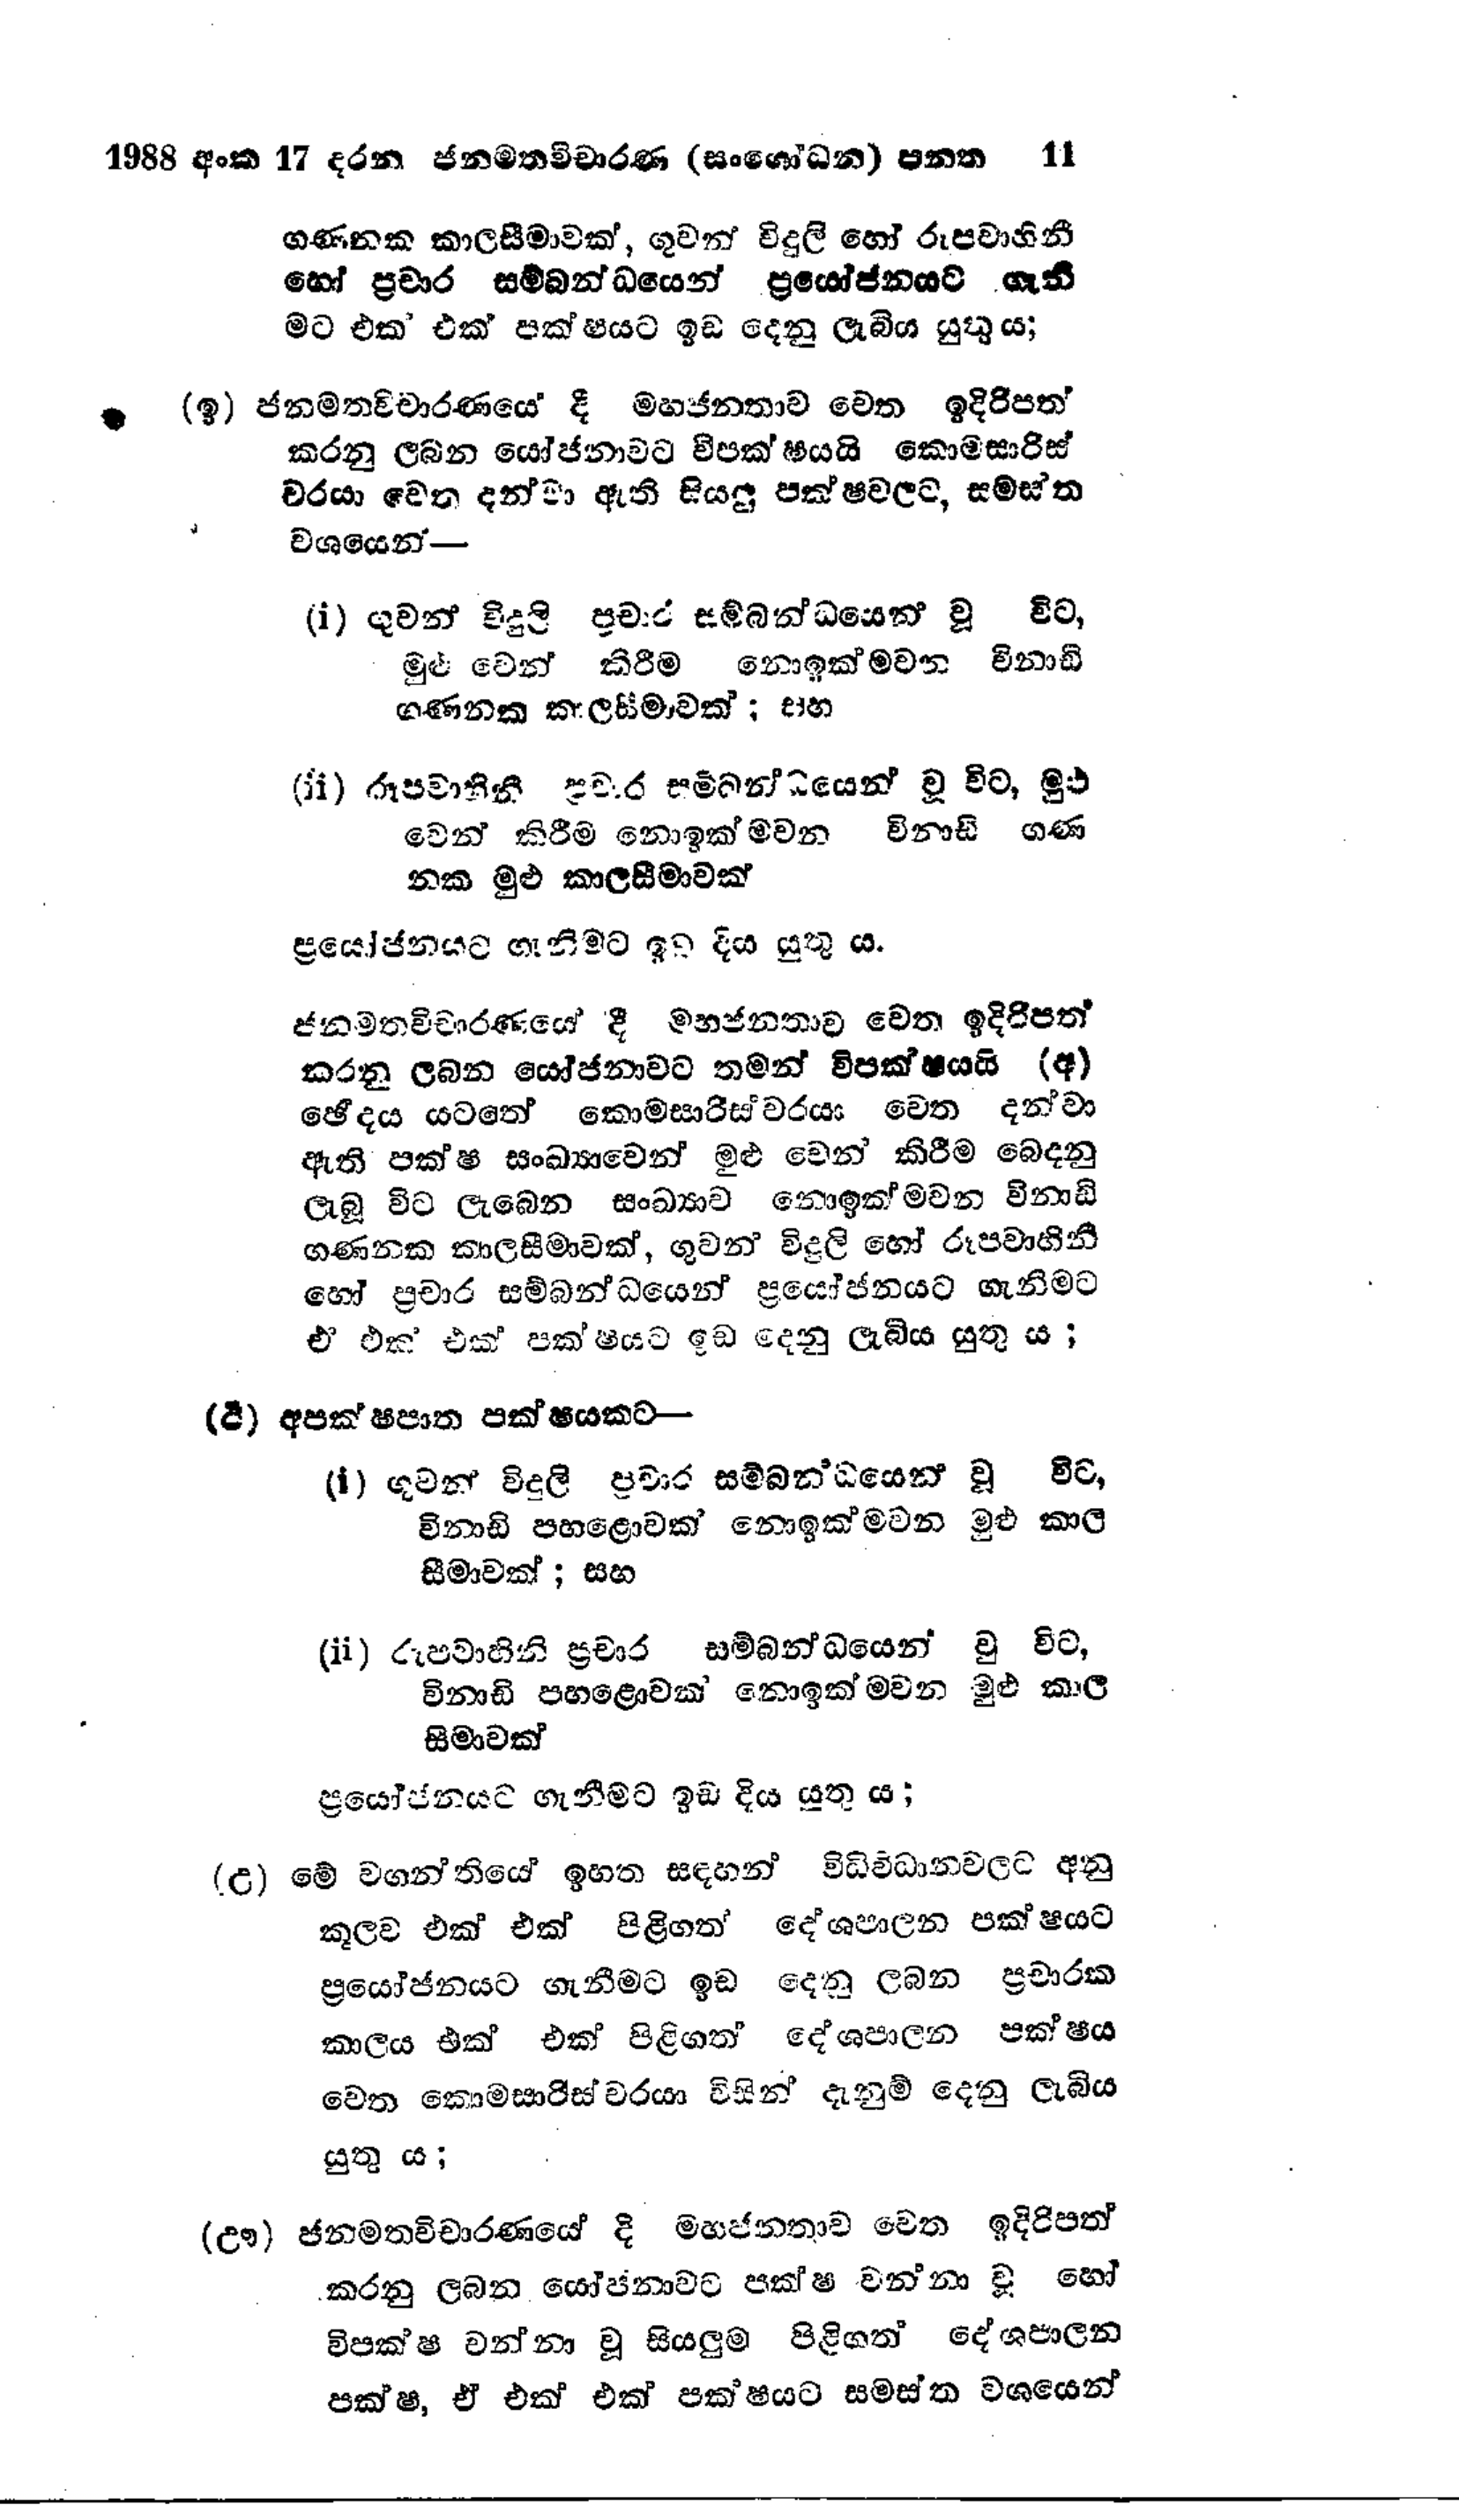
1988 අංක 17 දරන ජනමතවිචාරණ (සංශෝධන) පනත 11

ගණනක කාලසීමාවක්, ගුවන් විදුලි හෝ රූපවාහිනී
හෝ ප්‍රචාර සම්බන්ධයෙන් ප්‍රයෝජනයට ගැනි
මට එක‍් එක් පක්ෂයට ඉඩ දෙනු ලැබිය යුතුය;

(ඉ) ජනමතවිචාරණයේ දී මහජනතාව වෙත ඉදිරිපත්
කරනු ලබන යෝජනාවට විපක්ෂයයි කොමසාරිස්
වරයා වෙත දන්වා ඇති සියලු පක්ෂවලට, සමස්ත
වශයෙන් -

(i) ගුවන් විදුලි ප්‍රචාර සම්බන්ධයෙන් වූ විට,
මුළුවෙන් කිරීම නොඉක්මවන විනාඩි
ගණනක කාලසීමාවක්; සහ

(ii) රූපවාහිනී ප්‍රචාර සම්බන්ධයෙන් වූ විට, මුළු
වෙන් කිරීම නොඉක්මවන විනාඩි ගණ
නක මුළු කාලසීමාවක්

ප්‍රයෝජනයට ගැනිමට ඉඩ දිය යුතු ය.

ජනමතවිචාරණයේ දී මහජනතාව වෙත ඉදිරිපත්
කරනු ලබන යෝජනාවට තමන් විපක්ෂයයි (අ)
ඡේදය යටතේ කොමසාරිස්වරයා වෙත දන්වා
ඇති පක්ෂ සංඛ්‍යාවෙන් මුළු වෙන් කිරීම බෙදනු
ලැබූ විට ලැබෙන සංඛ්‍යාව නොඉක්මවන විනාඩි
ගණනක කාලසීමාවක්, ගුවන් විදුලි හෝ රූපවාහිනී
හෝ ප්‍රචාර සම්බන්ධයෙන් ප්‍රයෝජනයට ගැනිමට
ඒ එක් එක් පක්ෂයට ඉඩ දෙනු ලැබිය යුතු ය;

(ඊ) අපක්ෂපාත පක්ෂයකට –

(i) ගුවන් විදුලි ප්‍රචාර සම්බන්ධයෙන් වූ විට,
විනාඩි පහළොවක් නොඉක්මවන මුළු කාල
සීමාවක්; සහ

(ii) රූපවාහිනි ප්‍රචාර සම්බන්ධයෙන් වූ විට,
විනාඩි පහළොවක් නොඉක්මවන මුළු කාල
සීමාවක්

ප්‍රයෝජනයට ගැනීමට ඉඩ දිය යුතු ය;

(උ) මේ වගන්තියේ ඉහත සඳහන් විධිවිධානවලට අනු
කූලව එක් එක් පිළිගත් දේශපාලන පක්ෂයට
ප්‍රයෝජනයට ගැනීමට ඉඩ දෙනු ලබන ප්‍රචාරක
කාලය එක් එක් පිළිගත් දේශපාලන පක්ෂය
වෙත කොමසාරිස්වරයා විසින් දැනුම් දෙනු ලැබිය
යුතු ය;

(ඌ) ජනමතවිචාරණයේ දී මහජනතාව වෙත ඉදිරිපත්
කරනු ලබන යෝජනාවට පක්ෂ වන්නා වූ හෝ
විපක්ෂ වන්නා වූ සියලුම පිළිගත් දේශපාලන
පක්ෂ, ඒ එක් එක් පක්ෂයට සමස්ත වශයෙන්